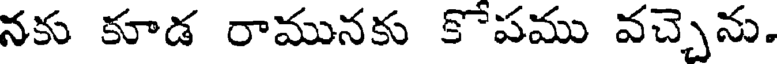
నకు కూడ రామునకు కొపము వచ్చెను.